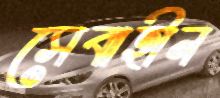
সেবাহীন